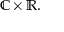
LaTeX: \mathbb { C } \times \mathbb { R } .